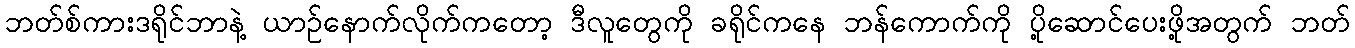
ဘတ်စ်ကားဒရိုင်ဘာနဲ့ ယာဉ်နောက်လိုက်ကတော့ ဒီလူတွေကို ခရိုင်ကနေ ဘန်ကောက်ကို ပို့ဆောင်ပေးဖို့အတွက် ဘတ်